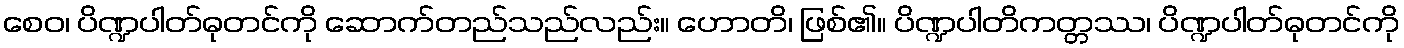
စေဝ၊ ပိဏ္ဍပါတ်ဓုတင်ကို ဆောက်တည်သည်လည်း။ ဟောတိ၊ ဖြစ်၏။ ပိဏ္ဍပါတိကတ္တဿ၊ ပိဏ္ဍပါတ်ဓုတင်ကို